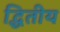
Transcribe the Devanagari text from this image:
द्धितीय